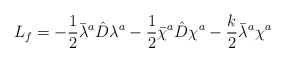
\begin{align*}L_f=-\frac{1}{2}\bar{\lambda}^a\hat{D}\lambda^a-\frac{1}{2}\bar{\chi}^a\hat{D}\chi^a-\frac{k}{2}\bar{\lambda}^a\chi^a\end{align*}